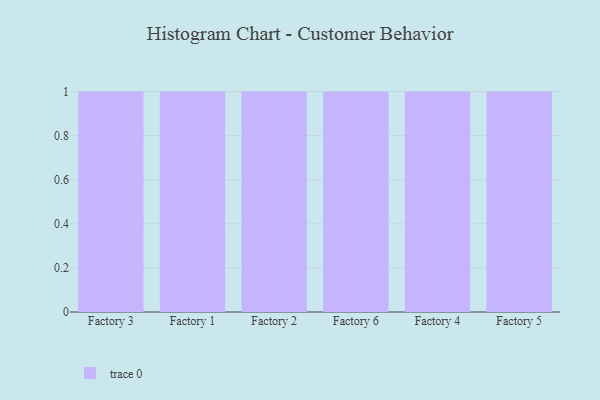
{"axis": {"x": "Factory", "y": "Temperature (°C)"}, "legend": [""], "data": [{"x": "Factory 3", "y": 53, "type": ""}, {"x": "Factory 1", "y": 28, "type": ""}, {"x": "Factory 2", "y": 43, "type": ""}, {"x": "Factory 6", "y": 17, "type": ""}, {"x": "Factory 4", "y": 82, "type": ""}, {"x": "Factory 5", "y": 69, "type": ""}]}